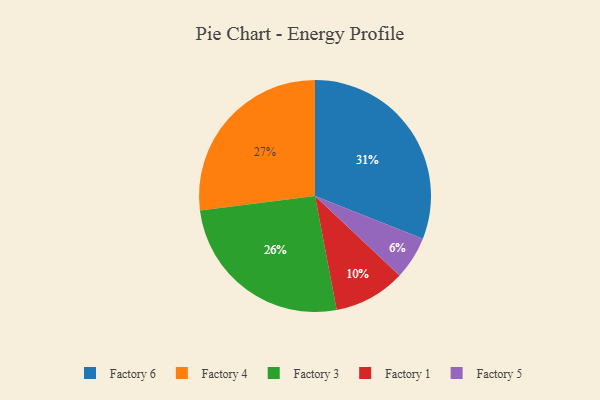
{"axis": {"x": "Category", "y": "Percentage"}, "legend": ["Factory 1", "Factory 3", "Factory 4", "Factory 5", "Factory 6"], "data": [{"x": "Factory 5", "y": 6, "type": "Factory 5"}, {"x": "Factory 4", "y": 27, "type": "Factory 4"}, {"x": "Factory 1", "y": 10, "type": "Factory 1"}, {"x": "Factory 3", "y": 26, "type": "Factory 3"}, {"x": "Factory 6", "y": 31, "type": "Factory 6"}]}